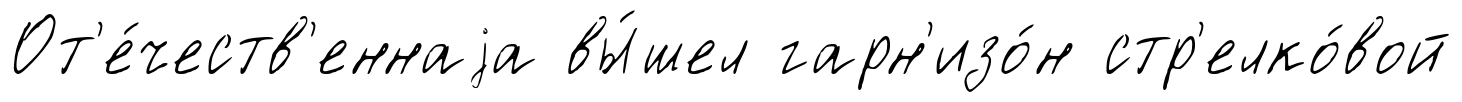
От'е́честв'еннаjа вы́шел гарн'изо́н стр'елко́вой